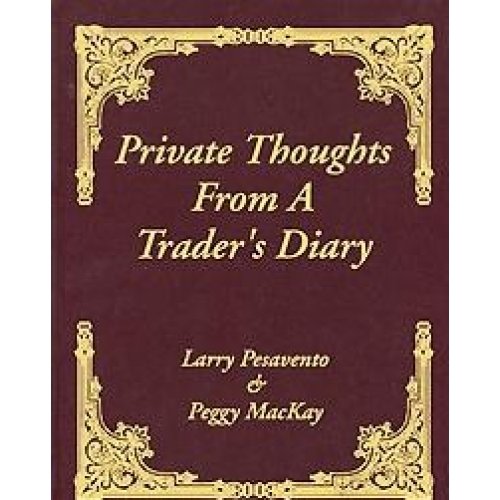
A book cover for Private Thoughts from a Trader's Diary; Larry Pesavento; Business & Money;